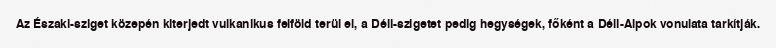
Az Északi-sziget közepén kiterjedt vulkanikus felföld terül el, a Déli-szigetet pedig hegységek, főként a Déli-Alpok vonulata tarkítják.